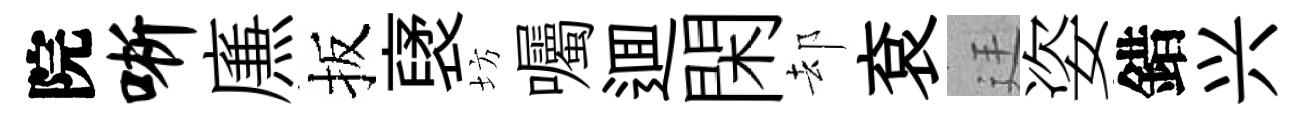
院晰㢘扳裦坊囑逥閑却袞廷姿錯兴